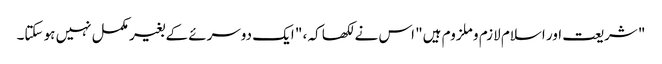
" شریعت اور اسلام لازم و ملزوم ہیں" اس نے لکھا کہ ، " ایک دوسرئے کے بغیر مکمل نہیں ہو سکتا۔